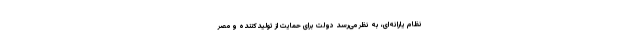
نظام یارانه‌ای، به نظر می‌رسد دولت برای حمایت از تولیدکننده و مصر